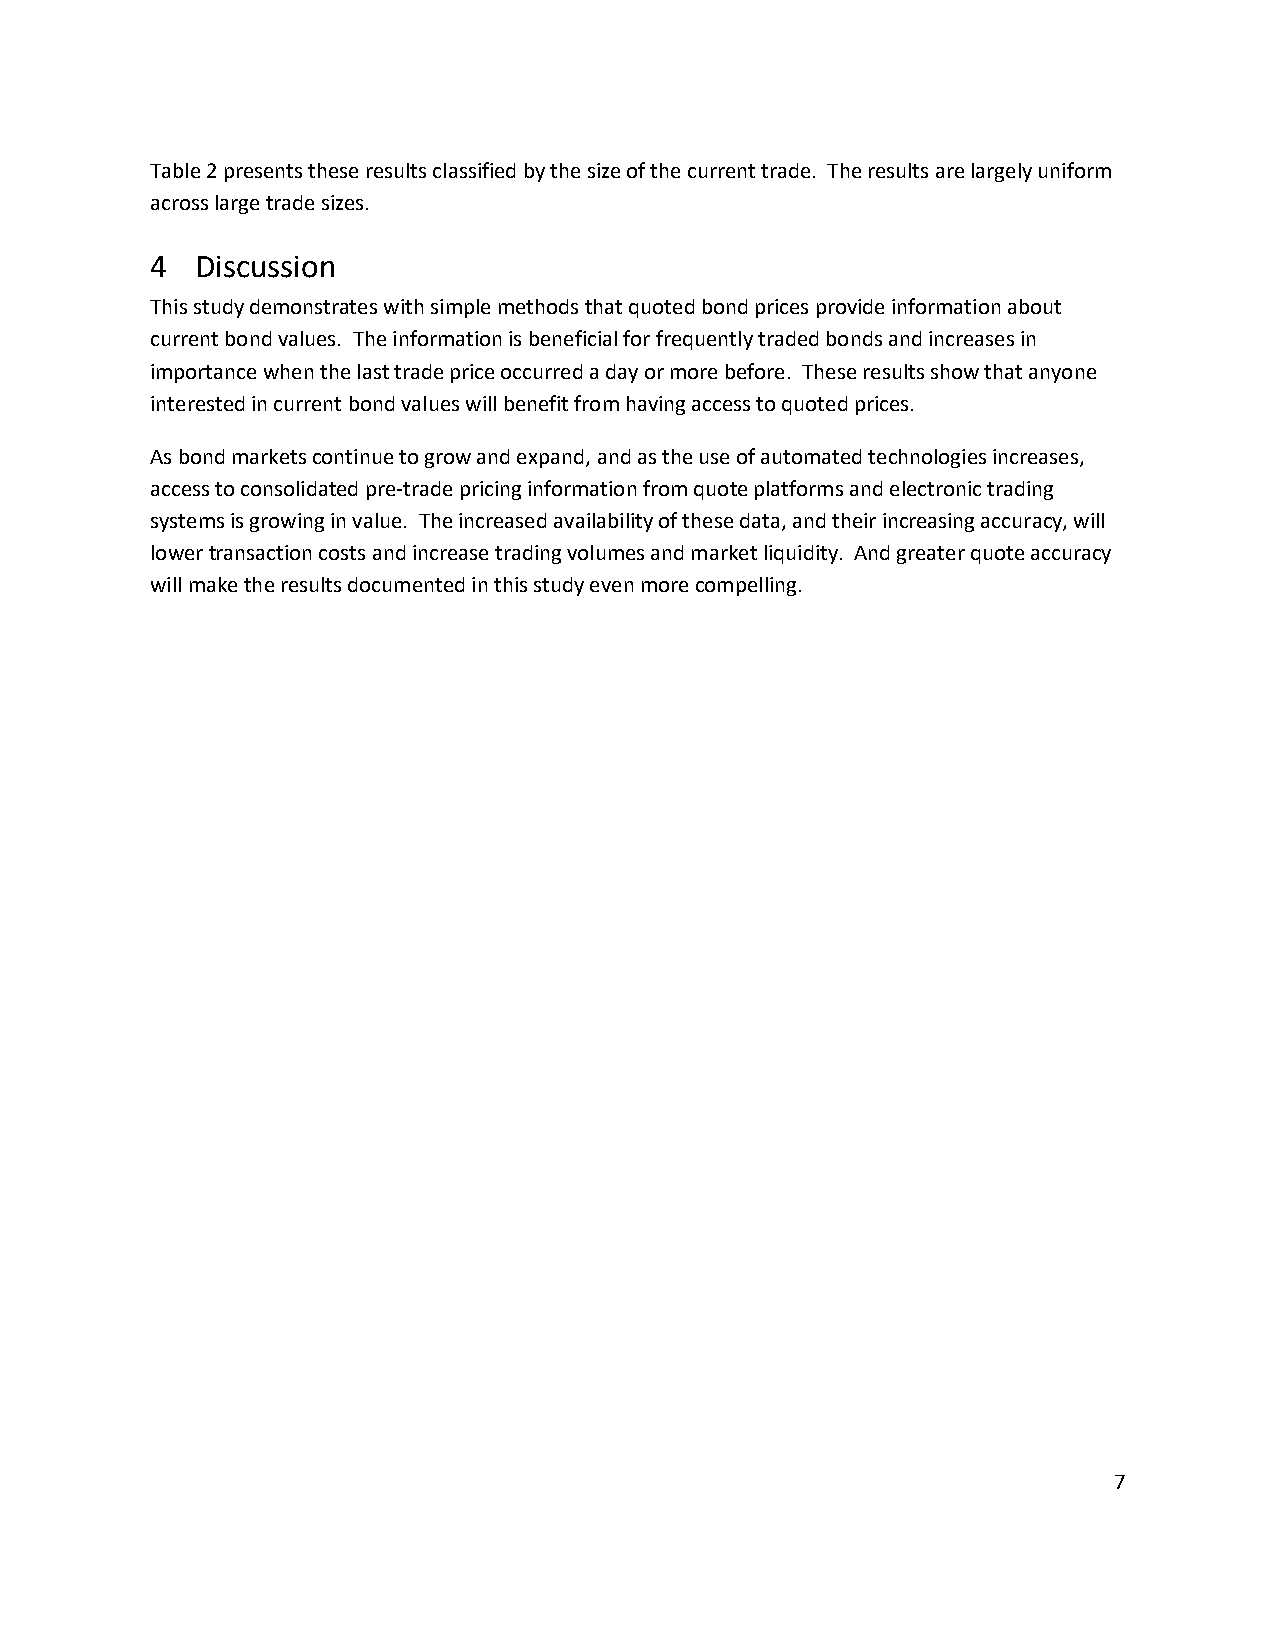
Table 2 presents these results classified by the size of the current trade. The results are largely uniform
 across large trade sizes.
 4  Discussion
 This study demonstrates with simple methods that quoted bond prices provide information about
 current bond values. The information is beneficial for frequently traded bonds and increases in
 importance when the last trade price occurred a day or more before. These results show that anyone
 interested in current bond values will benefit from having access to quoted prices.
 As bond markets continue to grow and expand, and as the use of automated technologies increases,
 access to consolidated pre-trade pricing information from quote platforms and electronic trading
 systems is growing in value. The increased availability of these data, and their increasing accuracy, will
 lower transaction costs and increase trading volumes and market liquidity. And greater quote accuracy
 will make the results documented in this study even more compelling.
 7